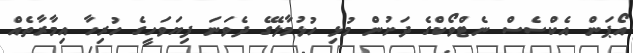
އޯޕަން އެކްސެސް ނެޓްވޯކްގެ ދަށުން މުޅި ހުޅުމާލޭގެ ދެވަނަ ފިޔަވަހީގެ ހުރިހާ އިމާރާތެއް